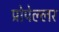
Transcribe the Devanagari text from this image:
प्रोपेल्लर